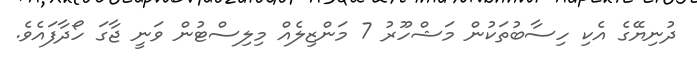
ދުނިޔޭގެ އެކި ހިސާބުތަކުން މަޝްހޫރު 7 މަންޒިލެއް މިލިސްޓުން ވަނީ ޖާގަ ހޯދާފައެވެ.